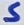
Text: S